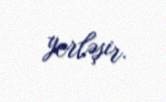
yerləşir.